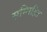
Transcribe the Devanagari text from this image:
सम्मिहित